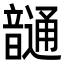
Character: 𩐹